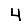
Digit: 4